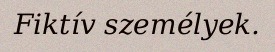
Fiktív személyek.